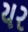
યર